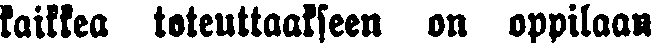
kaikkea toteuttaakseen on oppilaan